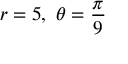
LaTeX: r = 5 , \ \theta = { \frac { \pi } { 9 } }